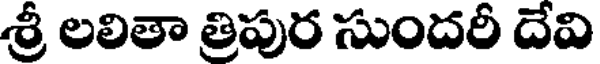
శ్రీ లలితా త్రిపుర సుందరీ దేవి